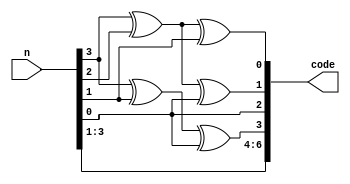
// DAY 2 7 BIT HAMMING CODE GENERATION

module hamming_code(input [3:0] n,
			  output [6:0] code);

wire [2:0]p;//3 bit parity added with the data bits for EC and ED

assign p[2] = n[3] ^ n[1] ^ n[0] ;
assign p[1] = n[3] ^ n[2] ^ n[0] ;
assign p[0] = n[3] ^ n[2] ^ n[1] ;

assign code = {n[3:1],p[2],n[0],p[1:0]};

endmodule